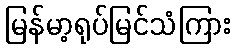
မြန်မာ့ရုပ်မြင်သံကြား